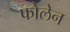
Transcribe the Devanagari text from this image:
फोलेन